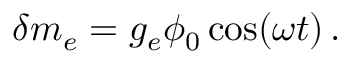
\delta m _ { e } = g _ { e } \phi _ { 0 } \cos ( \omega t ) \, .